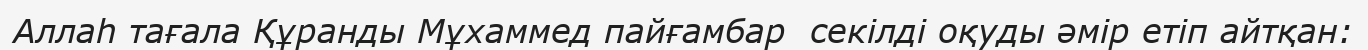
Аллаһ тағала Құранды Мұхаммед пайғамбар  секілді оқуды әмір етіп айтқан: